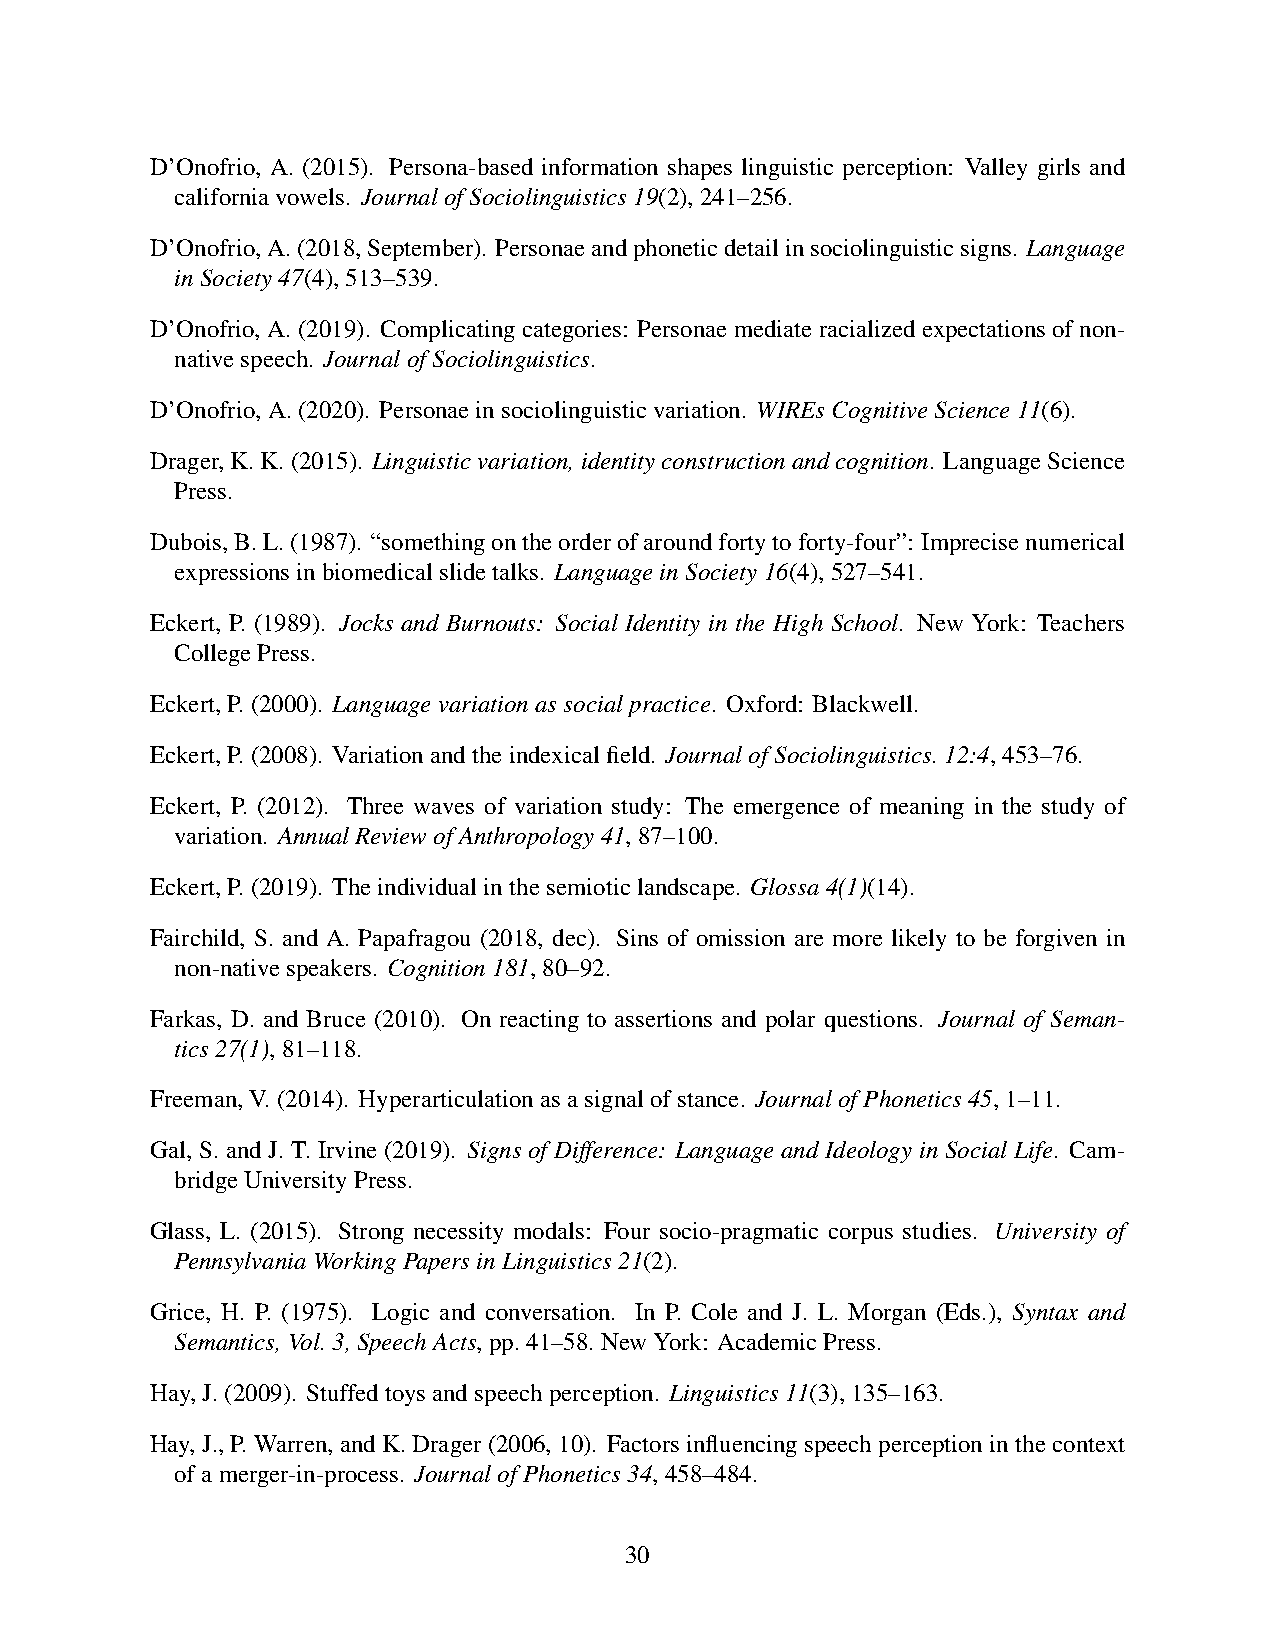
D’Onofrio, A. (2015). Persona-based information shapes linguistic perception: Valley girls and
 californiavowels. JournalofSociolinguistics19(2),241–256.
 D’Onofrio,A.(2018,September). Personaeandphoneticdetailinsociolinguisticsigns. Language
 inSociety47(4),513–539.
 D’Onofrio, A. (2019). Complicating categories: Personae mediate racialized expectations of non-
 nativespeech. JournalofSociolinguistics.
 D’Onofrio,A.(2020). Personaeinsociolinguisticvariation. WIREsCognitiveScience11(6).
 Drager,K.K.(2015). Linguisticvariation,identityconstructionandcognition. LanguageScience
 Press.
 Dubois,B.L.(1987). “somethingontheorderofaroundfortytoforty-four”: Imprecisenumerical
 expressionsinbiomedicalslidetalks. LanguageinSociety16(4),527–541.
 Eckert, P. (1989). Jocks and Burnouts: Social Identity in the High School. New York: Teachers
 CollegePress.
 Eckert,P.(2000). Languagevariationassocialpractice. Oxford: Blackwell.
 Eckert,P.(2008). Variationandtheindexicalfield. JournalofSociolinguistics.12:4,453–76.
 Eckert, P. (2012). Three waves of variation study: The emergence of meaning in the study of
 variation. AnnualReviewofAnthropology41,87–100.
 Eckert,P.(2019). Theindividualinthesemioticlandscape. Glossa4(1)(14).
 Fairchild, S. and A. Papafragou (2018, dec). Sins of omission are more likely to be forgiven in
 non-nativespeakers. Cognition181,80–92.
 Farkas, D. and Bruce (2010). On reacting to assertions and polar questions. Journal of Seman-
 tics27(1),81–118.
 Freeman,V.(2014). Hyperarticulationasasignalofstance. JournalofPhonetics45,1–11.
 Gal, S. and J. T. Irvine (2019). Signs of Difference: Language and Ideology in Social Life. Cam-
 bridgeUniversityPress.
 Glass, L. (2015). Strong necessity modals: Four socio-pragmatic corpus studies. University of
 PennsylvaniaWorkingPapersinLinguistics21(2).
 Grice, H. P. (1975). Logic and conversation. In P. Cole and J. L. Morgan (Eds.), Syntax and
 Semantics,Vol.3,SpeechActs,pp.41–58.NewYork: AcademicPress.
 Hay,J.(2009). Stuffedtoysandspeechperception. Linguistics11(3),135–163.
 Hay, J., P. Warren, and K. Drager (2006, 10). Factors influencing speech perception in the context
 ofamerger-in-process. JournalofPhonetics34,458–484.
 30